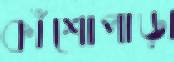
কাঁশোপাড়া